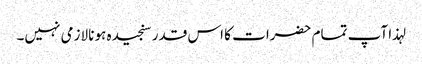
لہذا آپ تمام حضرات کا اس قدر سنجیدہ ہونا لازمی نہیں۔